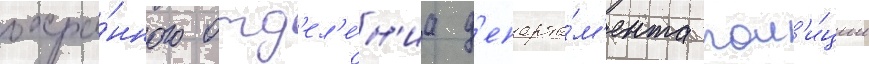
охра́нного отд'ел'е́н'иа д'епарта́м'ента пол'и́ции